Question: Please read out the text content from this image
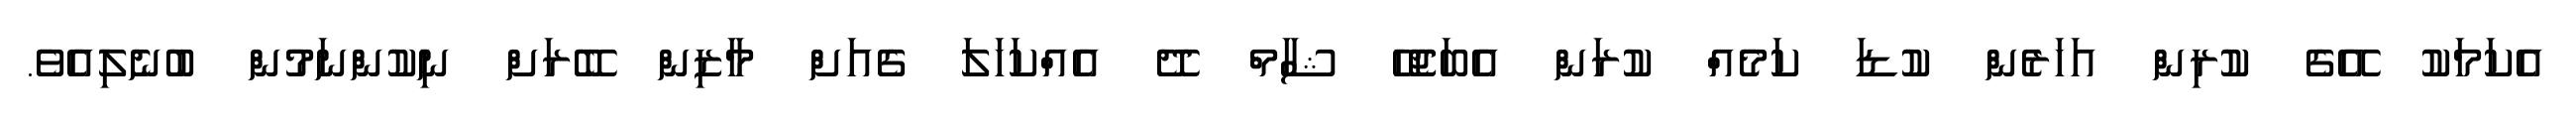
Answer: އެކަމަކު އޭގެ ކުރިން އަހަރެން ކުޑަ ކަމެއް ކުރަން އެބަޖެހޭ ޝާމް ދޭ އެއްކަހަލަ ގެއަށް މާޒިން ބޭރަށް ނިކުންނަމުން ބުނެލިއެވެ.